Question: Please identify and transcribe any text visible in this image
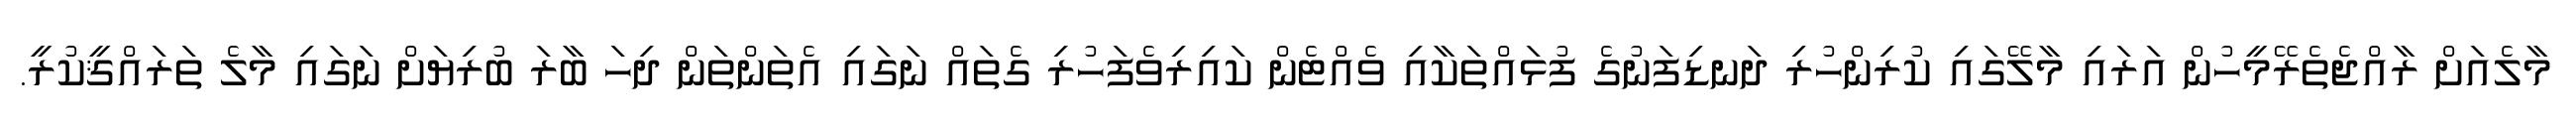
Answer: މާލެއަށް ރާއްޖެތެރޭމީހުން އަރައި މާލޭގައި ކުރިންހުރި ދަނޑިފަނުގެ ފުޅައްތަކާއި ވެއްޓެން ކައިރިވެފަހުރި ގެތައް ނަގައި އެތަންތަން ދިހަ ބާރަ ބުރިޔަށް ނަގައި މާލެ ތަރައްޤީކުރީ.